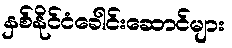
နှစ်နိုင်ငံခေါင်းဆောင်များ